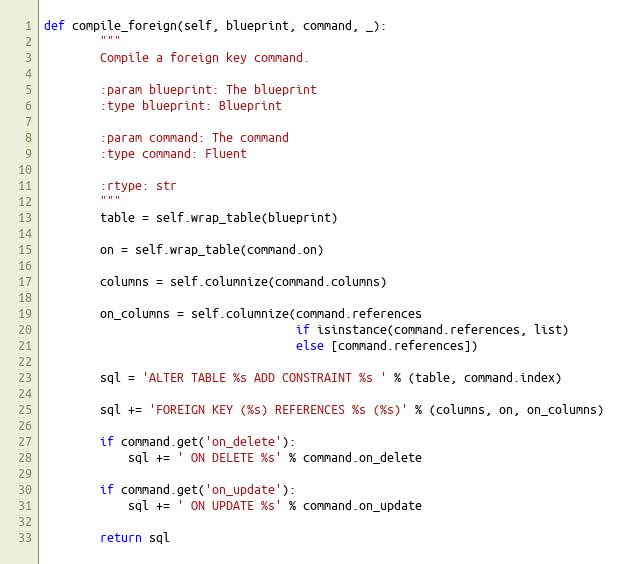
Language: Python
def compile_foreign(self, blueprint, command, _):
        """
        Compile a foreign key command.

        :param blueprint: The blueprint
        :type blueprint: Blueprint

        :param command: The command
        :type command: Fluent

        :rtype: str
        """
        table = self.wrap_table(blueprint)

        on = self.wrap_table(command.on)

        columns = self.columnize(command.columns)

        on_columns = self.columnize(command.references
                                    if isinstance(command.references, list)
                                    else [command.references])

        sql = 'ALTER TABLE %s ADD CONSTRAINT %s ' % (table, command.index)

        sql += 'FOREIGN KEY (%s) REFERENCES %s (%s)' % (columns, on, on_columns)

        if command.get('on_delete'):
            sql += ' ON DELETE %s' % command.on_delete

        if command.get('on_update'):
            sql += ' ON UPDATE %s' % command.on_update

        return sql